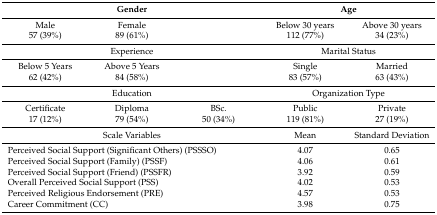
<table><thead><tr><td colspan="3"><b>Gender</b></td><td colspan="2"><b>Age</b></td></tr></thead><tbody><tr><td>Male</td><td>Female</td><td></td><td>Below 30 years</td><td>Above 30 years</td></tr><tr><td>57 (39%)</td><td>89 (61%)</td><td></td><td>112 (77%)</td><td>34 (23%)</td></tr><tr><td colspan="3">Experience</td><td colspan="2">Marital Status</td></tr><tr><td>Below 5 Years</td><td>Above 5 Years</td><td></td><td>Single</td><td>Married</td></tr><tr><td>62 (42%)</td><td>84 (58%)</td><td></td><td>83 (57%)</td><td>63 (43%)</td></tr><tr><td colspan="3">Education</td><td colspan="2">Organization Type</td></tr><tr><td>Certificate</td><td>Diploma</td><td>BSc.</td><td>Public</td><td>Private</td></tr><tr><td>17 (12%)</td><td>79 (54%)</td><td>50 (34%)</td><td>119 (81%)</td><td>27 (19%)</td></tr><tr><td colspan="3">Scale Variables</td><td>Mean</td><td>Standard Deviation</td></tr><tr><td colspan="3">Perceived Social Support (Significant Others) (PSSSO)</td><td>4.07</td><td>0.65</td></tr><tr><td colspan="3">Perceived Social Support (Family) (PSSF)</td><td>4.06</td><td>0.61</td></tr><tr><td colspan="3">Perceived Social Support (Friend) (PSSFR)</td><td>3.92</td><td>0.59</td></tr><tr><td colspan="3">Overall Perceived Social Support (PSS)</td><td>4.02</td><td>0.53</td></tr><tr><td colspan="3">Perceived Religious Endorsement (PRE)</td><td>4.57</td><td>0.53</td></tr><tr><td colspan="3">Career Commitment (CC)</td><td>3.98</td><td>0.75</td></tr></tbody></table>